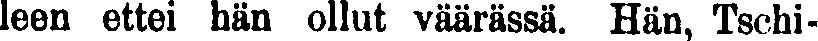
leen ettei hän ollut väärässä. Hän, Tschi-